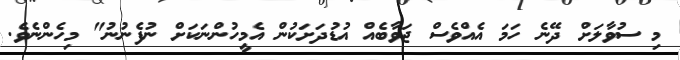
މި ސުވާލަށް ދޭނެ ހަމަ އެއްވެސް ޖަވާބެއް އުޑުދަށަކުން އެމީހުންނަކަށް ނުފެނުނު" މިހެންނެވެ.